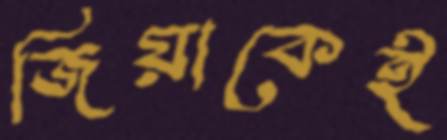
জিয়াকেই